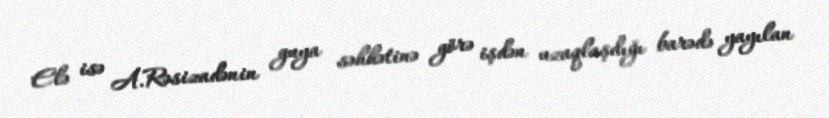
Elə isə A.Rəsizadənin guya səhhətinə görə işdən uzaqlaşdığı barədə yayılan